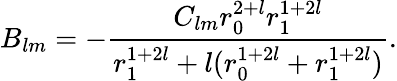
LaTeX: B_{lm}=-\frac{C_{lm}r_{0}^{2+l}r_{1}^{1+2l}}{r_{1}^{1+2l}+l(r_{0}^{1+2l}+r_{1}^{1+2l})}.